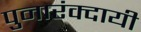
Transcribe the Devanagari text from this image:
पुनारंक्दायी